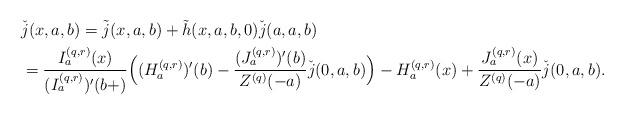
LaTeX: \begin{align*}&\check{j}(x,a,b)= \tilde{j}(x,a,b) +\tilde{h}(x,a,b,0) \check{j}(a,a,b) \\&=\frac {I_a^{(q,r)}(x)} {(I_a^{(q,r)})'(b+)} \Big( (H^{(q,r)}_a)'(b) -\frac {(J_a^{(q,r)})'(b)} {Z^{(q)}(-a)} \check{j}(0,a,b) \Big) - H^{(q,r)}_a(x) + \frac {J_a^{(q,r)}(x)} {Z^{(q)}(-a)} {\check{j}(0,a,b)}.\end{align*}